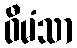
ဝီမံသာ